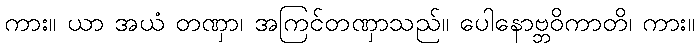
ကား။ ယာ အယံ တဏှာ၊ အကြင်တဏှာသည်။ ပေါနောဗ္ဘဝိကာတိ၊ ကား။